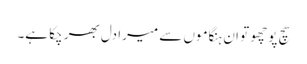
سچ پوچھو تو ان ہنگاموں سے میرا دل بھر چکا ہے۔